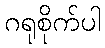
ဂရုစိုက်ပါ